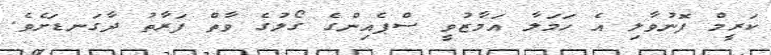
ކަރީމް ފޮނުވާލި އެ ހަމަލާ އަމާޒުވީ ސްޕެއިންގެ ގޯލުގެ ވާތް ފަރާތު ދާގަނޑަށެވެ.